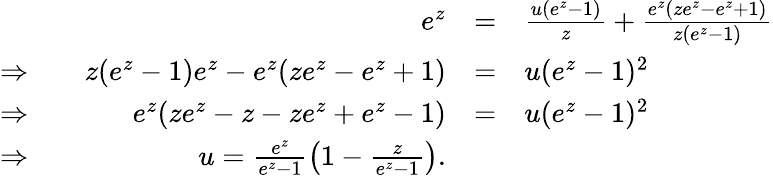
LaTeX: \begin{array}{rrcl}&{e^{z}}&{=}&{\frac{u(e^{z}-1)}{z}+\frac{e^{z}(ze^{z}-e^{z}+1)}{z(e^{z}-1)}}\\ {\Rightarrow}&{\quad z(e^{z}-1)e^{z}-e^{z}(ze^{z}-e^{z}+1)}&{=}&{u(e^{z}-1)^{2}}\\ {\Rightarrow}&{e^{z}(ze^{z}-z-ze^{z}+e^{z}-1)}&{=}&{u(e^{z}-1)^{2}}\\ {\Rightarrow}&{u=\frac{e^{z}}{e^{z}-1}\left(1-\frac{z}{e^{z}-1}\right).}\end{array}